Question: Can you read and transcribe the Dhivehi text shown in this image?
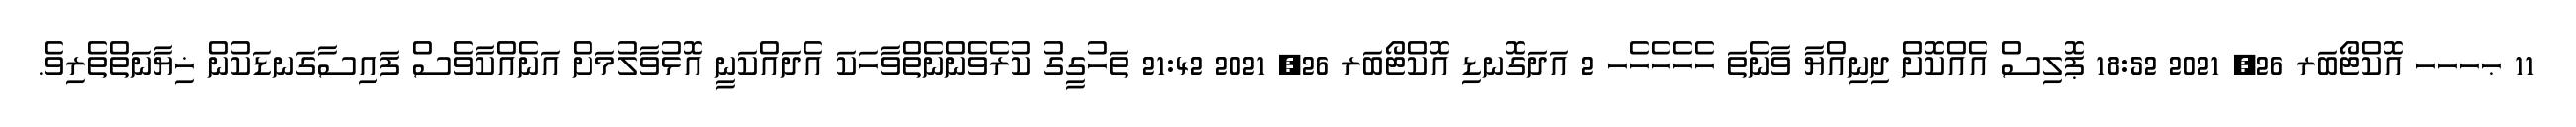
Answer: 11 ޙހހހ އޮކްޓޯބަރ 26, 2021 18:52 ޕޮލިސް އެއްކޮށް ދިނިއްޔާ ވާނެތަ ހެހެހެހެހ 2 އަދަގޮނޑި އޮކްޓޯބަރ 26, 2021 21:42 ތަހުގީގު ކުރެވެންނެތްވާހަކަ އެދައްކަނީ އޮޅުވާލުމަށް އަނެއްކާވެސް ފައިސާގަނޑަކުން ޚިޔާނަތްތެރިވެ.